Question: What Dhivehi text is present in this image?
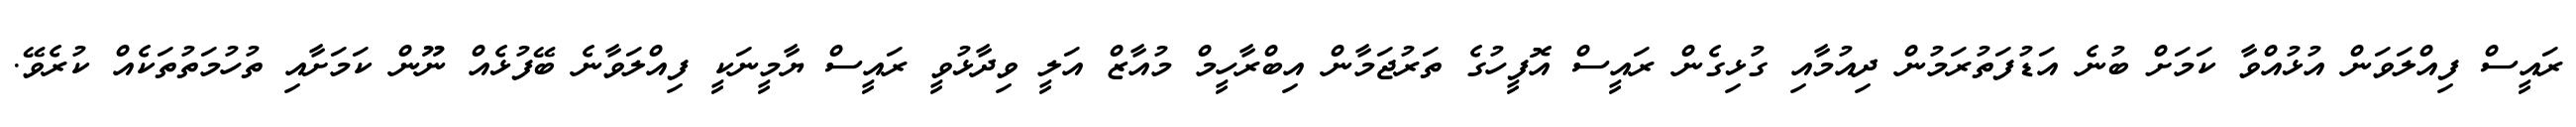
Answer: ރައީސް ފިއްލަވަން އުޅުއްވާ ކަމަށް ބުނެ އަޑުފަތުރަމުން ދިއުމާއި ގުޅިގެން ރައީސް އޮފީހުގެ ތަރުޖަމާން އިބްރާހީމް މުއާޒް އަލީ ވިދާޅުވީ ރައީސް ޔާމީނަކީ ފިއްލަވާނެ ބޭފުޅެއް ނޫން ކަމަށާއި ތުހުމަތުތަކެއް ކުރެވޭ.